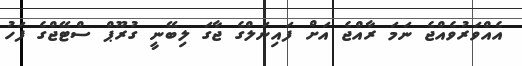
އެއްވަރުވެއްޖެ ނަމަ ރާއްޖެ އަށް ފައިނަލްގެ ޖާގަ ލިބޭނީ ގުރޫޕް ސްޓޭޖްގެ ފަހު